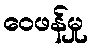
ဝေဖန်မှု